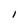
Character: l